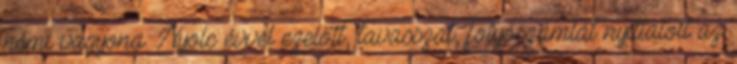
némi vagyona. Nyolc évvel ezelőtt, tavasszal, folyószámlát nyittatott az